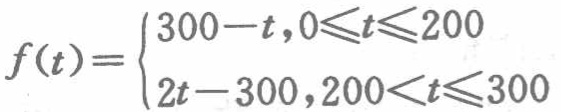
\[

f(t)=

\begin{cases}

300 - t, & 0\leqslant t\leqslant 200 \\

2t - 300, & 200 < t\leqslant 300

\end{cases}

\]